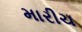
મારીચ